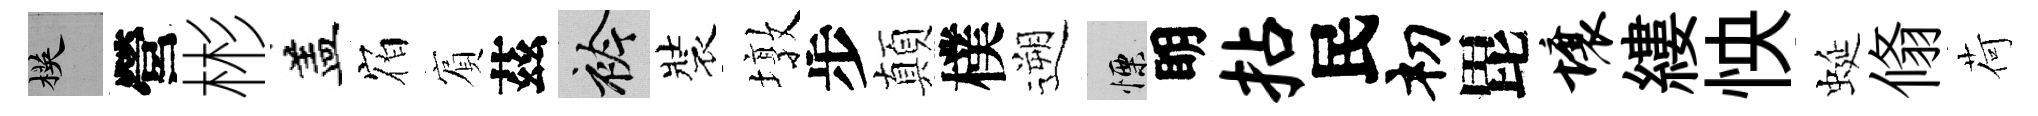
楧營彬盖𪧐賔茲衿裝墩步顛樸遡慄眀拈民𥘉毘壤縷怏蜒翛荷